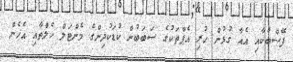
ފޭސްބުކާއި އެއާ ގުޅުން ހުރި އެޕްތަކުގެ ސަބަބުން ކުޑަކުދިންގެ މެންޓަލް ހެލްތާއި އެހެން